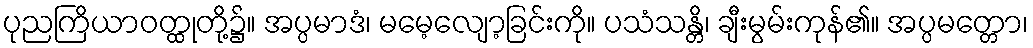
ပုညကြိယာဝတ္ထုတို့၌။ အပ္ပမာဒံ၊ မမေ့လျော့ခြင်းကို။ ပသံသန္တိ၊ ချီးမွမ်းကုန်၏။ အပ္ပမတ္တော၊